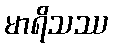
မာရိသဿ